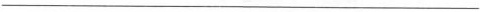
___